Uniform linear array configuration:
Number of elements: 4
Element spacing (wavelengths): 0.25
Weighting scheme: uniform
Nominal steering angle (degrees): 15
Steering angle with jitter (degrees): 14.646
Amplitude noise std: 0.05
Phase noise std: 0.05

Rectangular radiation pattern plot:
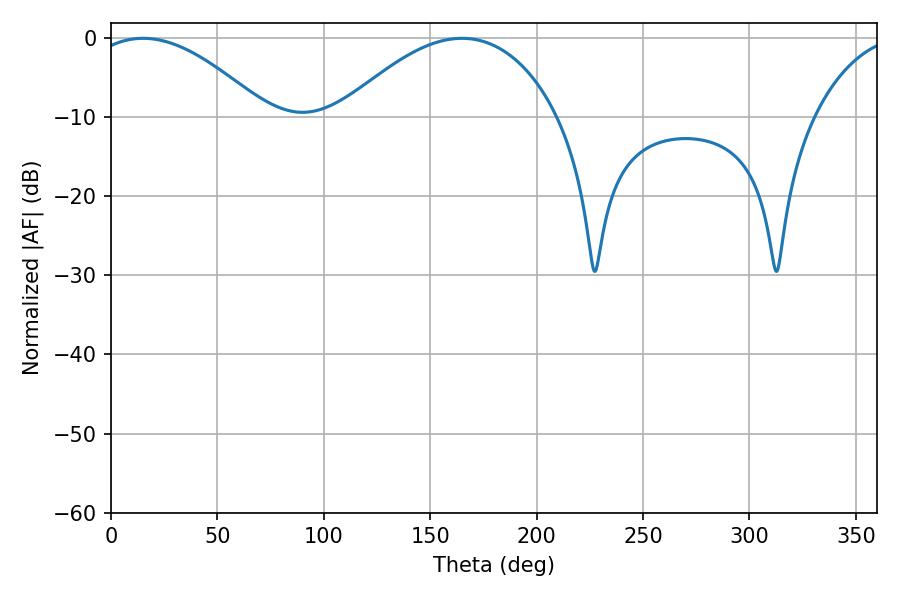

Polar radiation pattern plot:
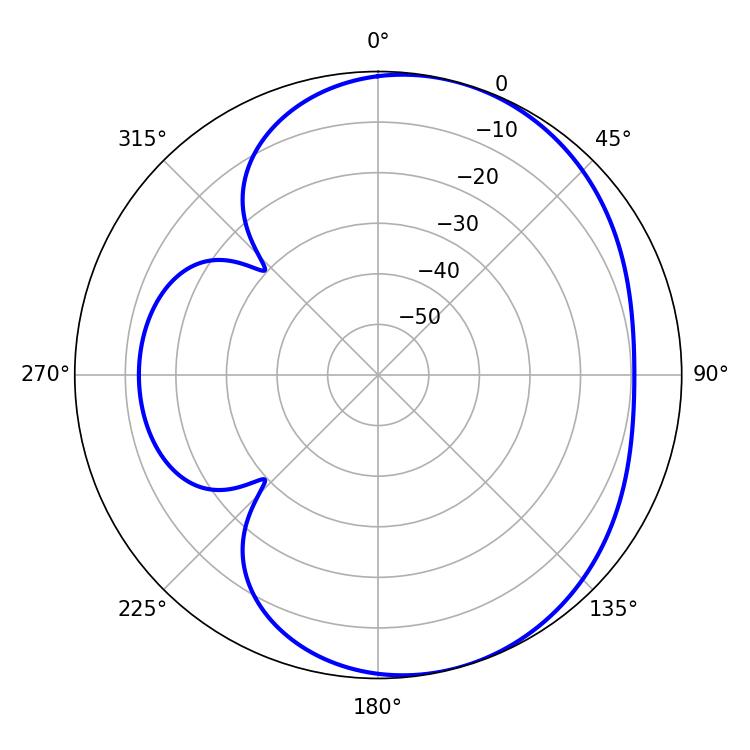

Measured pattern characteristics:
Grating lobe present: FALSE
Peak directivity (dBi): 4.879
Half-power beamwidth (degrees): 45.72
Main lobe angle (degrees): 15.12